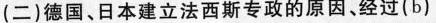
(二)德国、日本建立法西斯专政的原因、经过(b)